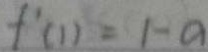
f ^ { \prime } ( 1 ) = 1 - a